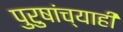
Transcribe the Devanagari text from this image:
पुरुषांच्याही